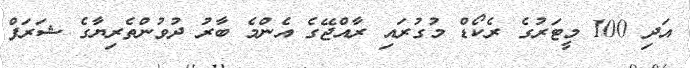
އަދި 100 މީޓަރުގެ ރެކޯޑް މުގުރައި ރާއްޖޭގެ އެންމެ ބާރު ދުވުންތެރިޔާގެ ޝަރަފް